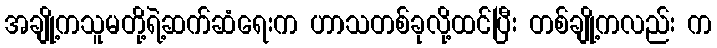
အချို့ကသူမတို့ရဲ့ဆက်ဆံရေးက ဟာသတစ်ခုလို့ထင်ပြီး တစ်ချို့ကလည်း က